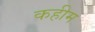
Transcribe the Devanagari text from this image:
कहीम